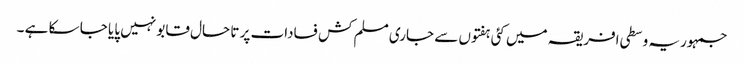
جمہوریہ وسطی افریقہ میں کئی ہفتوں سے جاری مسلم کش فسادات پر تا حال قابو نہیں پایا جا سکا ہے ۔